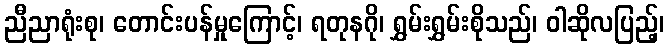
ညီညာရုံးစု၊ တောင်းပန်မှုကြောင့်၊ ရတုနဂို၊ ရွှမ်းရွှမ်းစိုသည်၊ ဝါဆိုလပြည့်၊